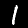
Digit: 1